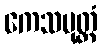
ကေသမုတ္တံ